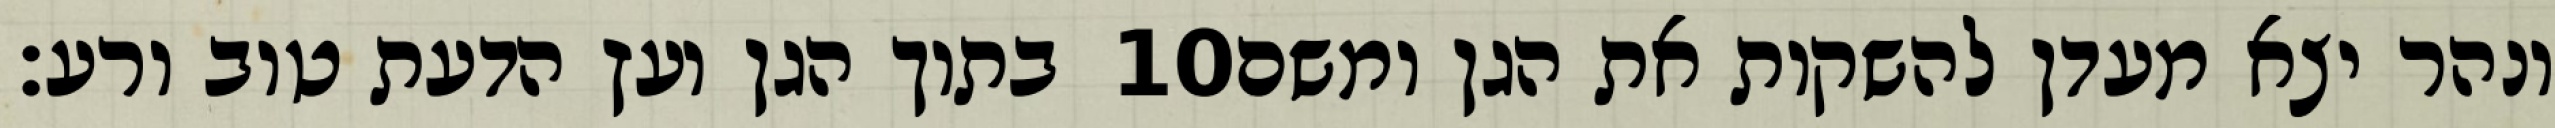
בתוך הגן ועץ הדעת טוב ורע׃ ‎10‏ ונהר יצא מעדן להשקות את הגן ומשם